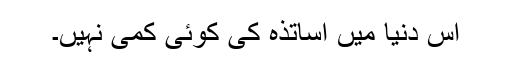
اس دنیا میں اساتذہ کی کوئی کمی نہیں۔